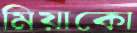
মিয়াকো